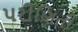
પરીણિતી